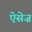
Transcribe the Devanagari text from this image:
ऐसेज़